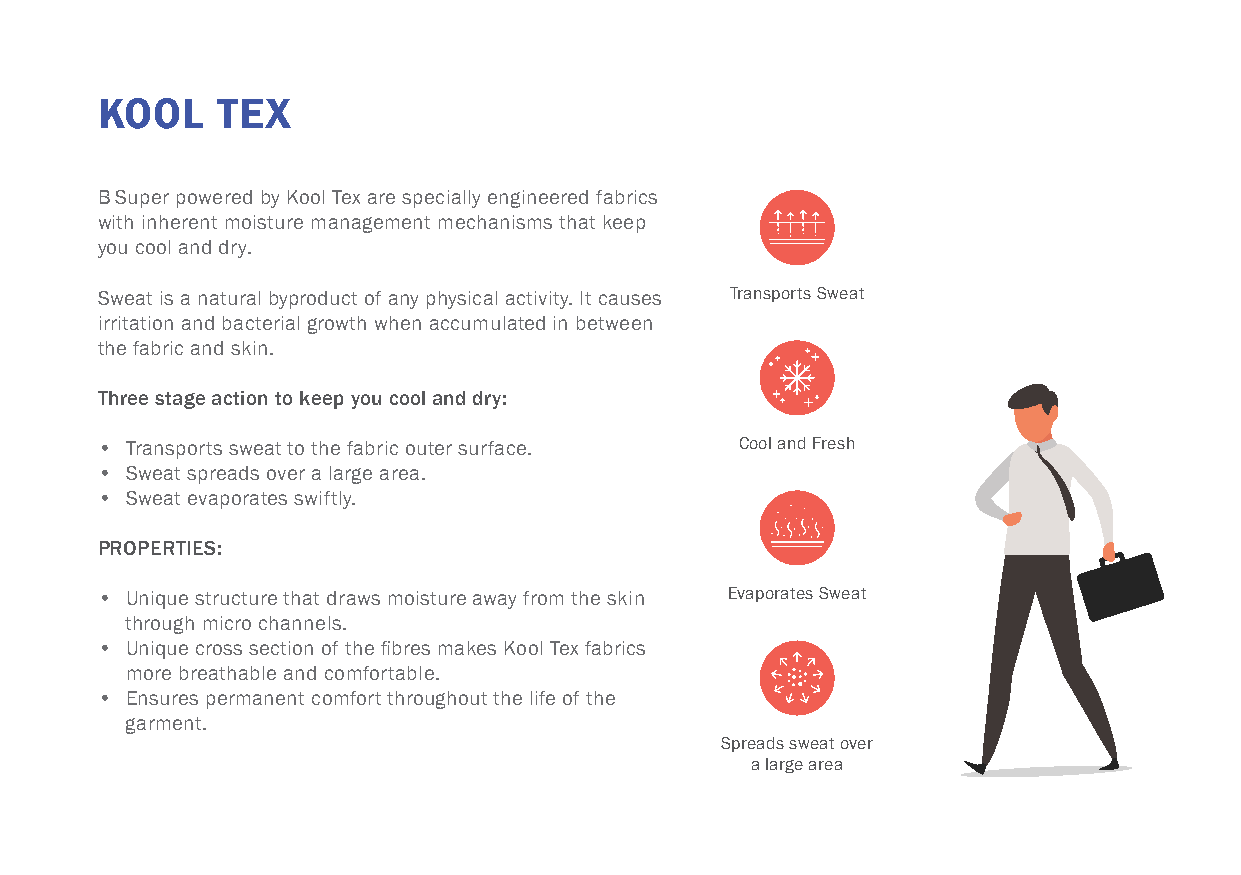
KOOL    TEX
 B Super powered by Kool Tex are specially engineered fabrics
 with inherent moisture management mechanisms that keep
 you cool and dry.
 Sweat is a natural byproduct of any physical activity. It causes Transports Sweat
 irritation and bacterial growth when accumulated in between
 the fabric and skin.
 Three stage action to keep you cool and dry:
 • Transports sweat to the fabric outer surface. Cool and Fresh
 • Sweat spreads over a large area.
 • Sweat evaporates swiftly.
 PROPERTIES:
 • Unique structure that draws moisture away from the skin Evaporates Sweat
 through micro channels.
 • Unique cross section of the fibres makes Kool Tex fabrics
 more breathable and comfortable.
 • Ensures permanent comfort throughout the life of the
 garment.
 Spreads sweat over
 a large area